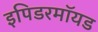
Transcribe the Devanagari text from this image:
इपिडरमॉयड